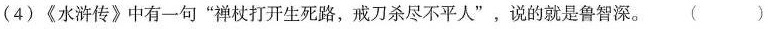
(4)《水浒传》中有一句“禅杖打开生死路，戒刀杀尽不平人”，说的就是鲁智深。 ()